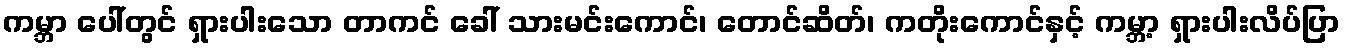
ကမ္ဘာ ပေါ်တွင် ရှားပါးသော တာကင် ခေါ် သားမင်းကောင်၊ တောင်ဆိတ်၊ ကတိုးကောင်နှင့် ကမ္ဘာ့ ရှားပါးလိပ်ပြာ